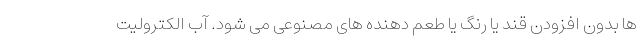
ها بدون افزودن قند یا رنگ یا طعم دهنده های مصنوعی می شود. آب الکترولیت